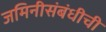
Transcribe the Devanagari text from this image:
जमिनीसंबंधीची